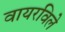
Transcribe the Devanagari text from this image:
वायरविले